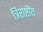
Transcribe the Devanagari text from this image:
त्रिराष्टींय